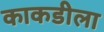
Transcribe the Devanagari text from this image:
काकडीला